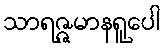
သာရဇ္ဇမာနရူပေါ